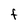
Character: F